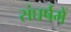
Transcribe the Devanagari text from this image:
संघर्षमें